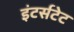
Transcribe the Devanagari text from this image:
इंटर्सटेट